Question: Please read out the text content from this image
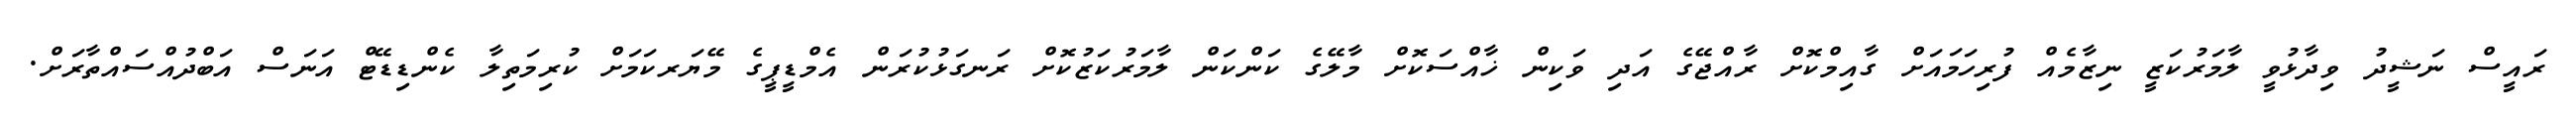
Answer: ރައީސް ނަޝީދު ވިދާޅުވީ ލާމަރުކަޒީ ނިޒާމެއް ފުރިހަމައަށް ގާއިމްކޮށް ރާއްޖޭގެ އަދި ވަކިން ޚާއްސަކޮށް މާލޭގެ ކަންކަން ލާމަރުކަޒުކޮށް ރަނގަޅުކުރަން އެމްޑީޕީގެ މޭޔަރކަމަށް ކުރިމަތިލާ ކެންޑިޑޭޓް އަނަސް އަބްދުއްސައްތާރަށް.